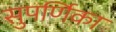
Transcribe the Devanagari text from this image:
सुपर्णिका